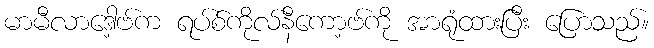
မာမီလာဒေါ့ဗ်က ရပ်စ်ကိုလ်နီကော့ဗ်ကို အာရုံထားပြီး ပြောသည်။